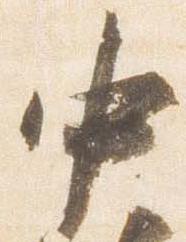
中